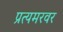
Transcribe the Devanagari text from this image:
प्रत्यमरवर